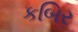
કબિર